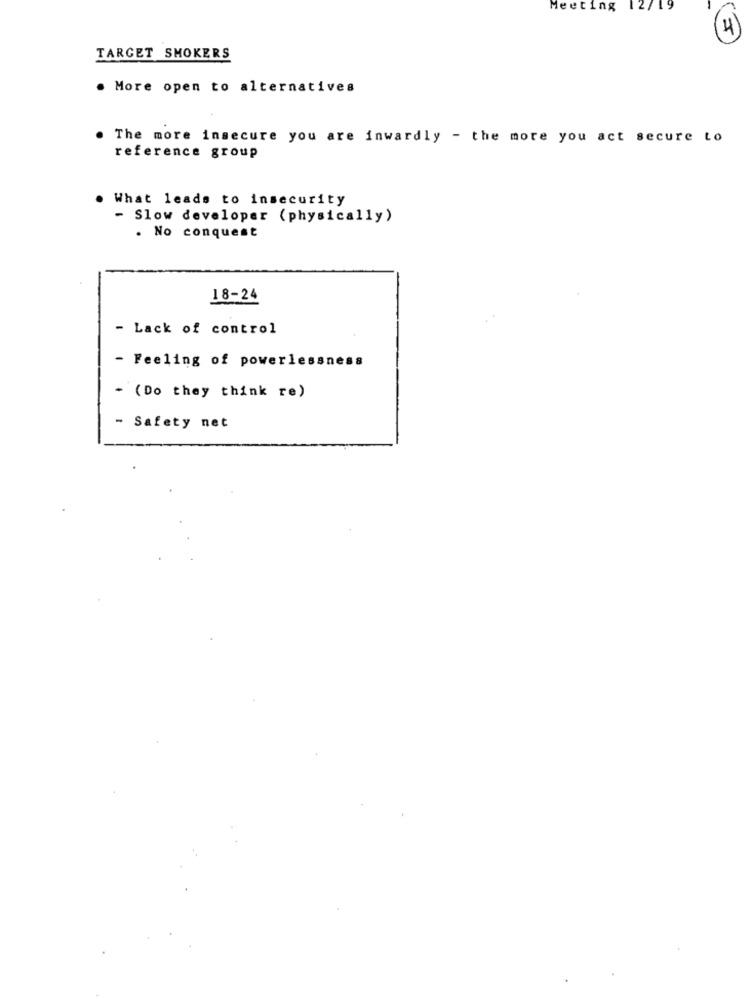
Meeting
12
19
4
TARGET SMOKERS
. More open to alternatives
. The more insecure you are inwardly - the more you act secure to
reference group
What leads to insecurity
- Slow developer (physically)
. No conquest
18-24
- Lack of control
- Feeling of powerlessness
- (Do they think re)
- Safety net